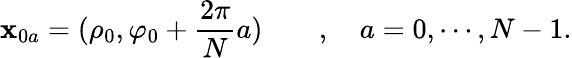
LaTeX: {\mathbf x}_{0a}=(\rho_{0},\varphi_{0}+\frac{2\pi}{N}a)\qquad,\quad a=0,\cdots,N-1.